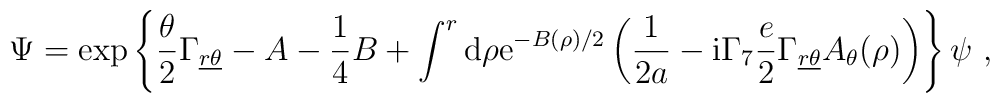
\Psi = \exp\left\{\frac{\theta}{2}    \Gamma_{\underline{r}\underline{\theta}} -A-{1\over 4}B +\int^r{\rm d}\rho{\rm e}^{-B(\rho)/2}\left({1\over 2a}-{\rm i}\Gamma_7{e\over 2}\Gamma_{\underline{r}\underline{\theta}}A_\theta(\rho)\right)\right\}\psi~,